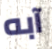
آبه